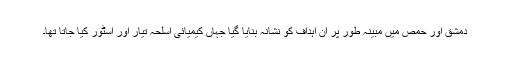
دمشق اور حمص میں مبینہ طور پر ان اہداف کو نشانہ بنایا گیا جہاں کیمیائی اسلحہ تیار اور اسٹور کیا جاتا تھا۔